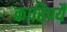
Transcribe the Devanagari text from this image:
कारिण्यै